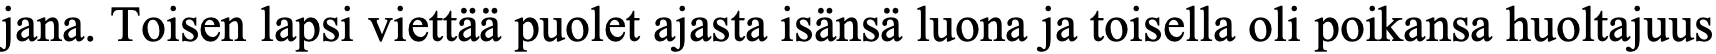
jana. Toisen lapsi viettää puolet ajasta isänsä luona ja toisella oli poikansa huoltajuus